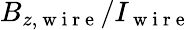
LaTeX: B_{z,\mathrm{~w~i~r~e~}}/I_{\mathrm{~w~i~r~e~}}